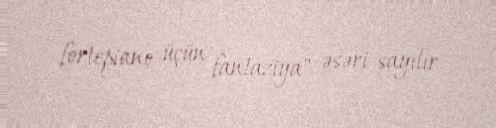
fortepiano üçün fantaziya" əsəri sayılır.